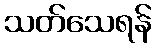
သတ်သေရန်